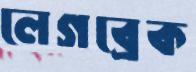
লেগব্রেক